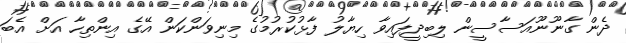
ދެން ގާނޫނޫއަސާސީން ލިބިދީފައިވާ ހިޔާލު ފާޅުކުރުމުގެ މިނިވަންކަން އޭގެ އިންތިހާ އަށް އެބަ